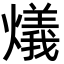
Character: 燨